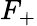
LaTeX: F_{+}